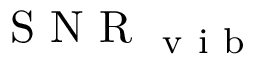
\mathrm { ~ S ~ N ~ R ~ } _ { \mathrm { ~ v ~ i ~ b ~ } }